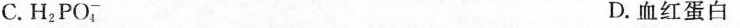
C.H2PO； D.血红蛋白